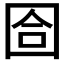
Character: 𡇞